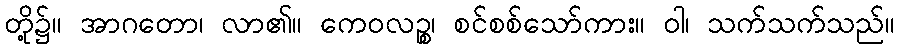
တို့၌။ အာဂတော၊ လာ၏။ ကေဝလဉ္စ၊ စင်စစ်သော်ကား။ ဝါ၊ သက်သက်သည်။